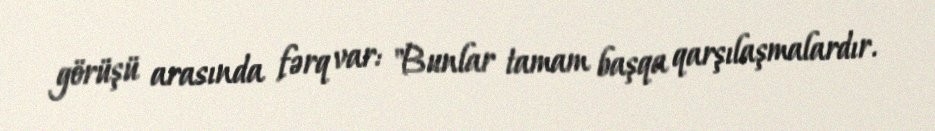
görüşü arasında fərq var: "Bunlar tamam başqa qarşılaşmalardır.